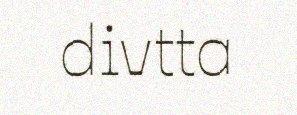
divtta